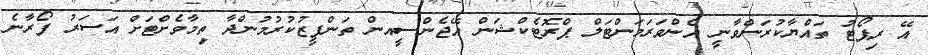
އޭ ރިޕޯޓު ތައްޔާކުރަންވާނީ އެންވަރަމަންޓަލް ޕްރޮޓެކްޝަން އޭޖެންސީއން ތަންފީޒުކުރުމުންދާ ތިމާވެށްޓަށް އަސަރު ފޯރާނެ